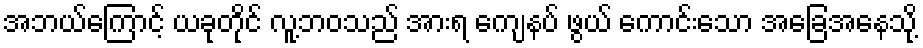
အဘယ်ကြောင့် ယခုတိုင် လူ့ဘဝသည် အားရ ကျေနပ် ဖွယ် ကောင်းသော အခြေအနေသို့